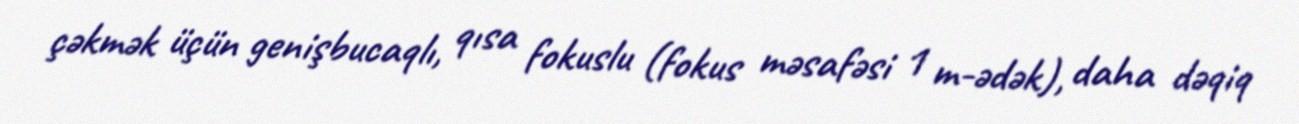
çəkmək üçün genişbucaqlı, qısa fokuslu (fokus məsafəsi 1 m-ədək), daha dəqiq